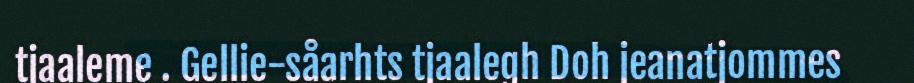
tjaaleme . Gellie-såarhts tjaalegh Doh jeanatjommes